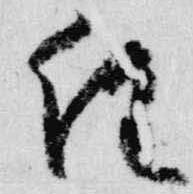
経